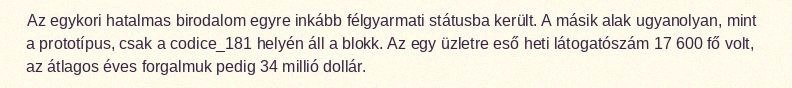
Az egykori hatalmas birodalom egyre inkább félgyarmati státusba került. A másik alak ugyanolyan, mint a prototípus, csak a codice_181 helyén áll a blokk. Az egy üzletre eső heti látogatószám 17 600 fő volt, az átlagos éves forgalmuk pedig 34 millió dollár.